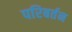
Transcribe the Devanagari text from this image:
परिबर्तन